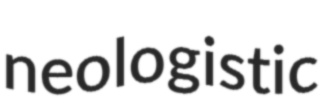
neologistic